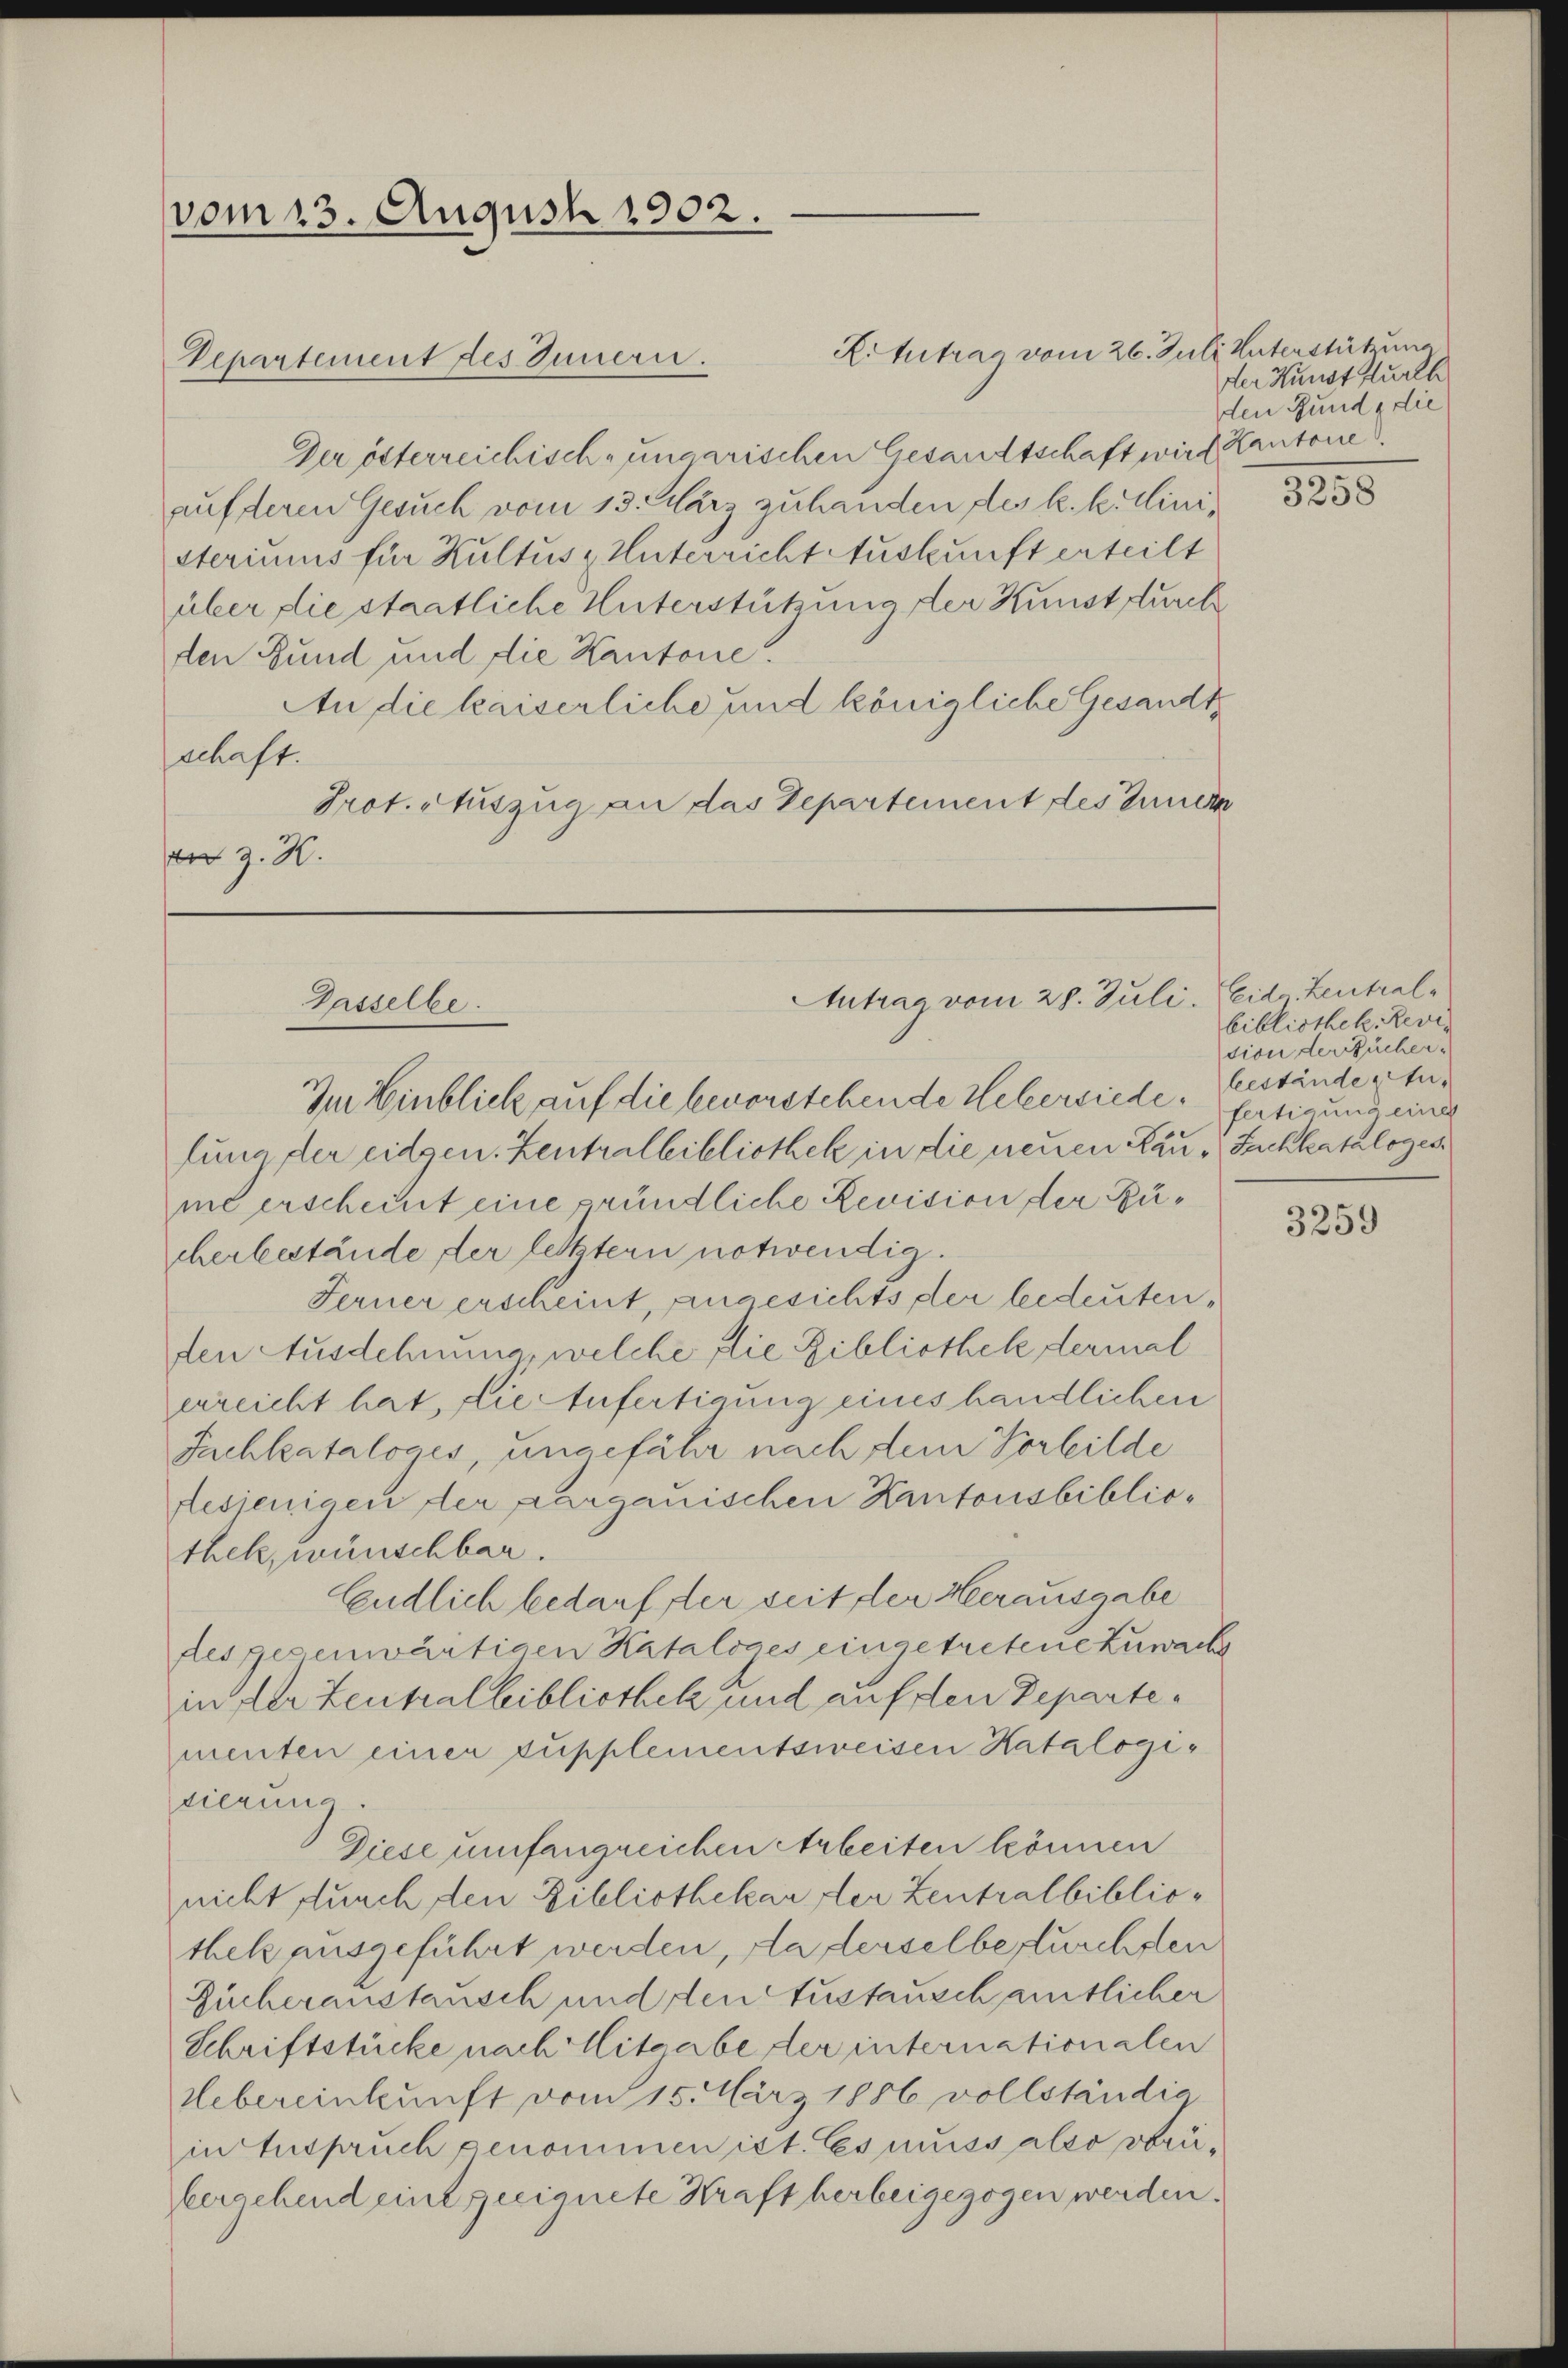
vom 13. August 1902.

Kittrag vom 26. Juli Unterstützung
Der österreichisch-ungarischen Gesandtschaft wird Kantone.
auf deren Gesuch vom 13. März zu handen des k. k. Ministeriums für Kultus, Unterricht Auskunft erteilt
über die staatliche Unterstützung der Kunst durch
den Bund und die Kantone.
An die kaiserliche und königliche Gesandte
schaft.
Prot. Auszug an das Departement des Inner
 z. K.

Vepartement des Innern.

Antrag vom 28. Juli. Evide Zentral¬
Gasselbe.

der Kunst furch
den Gunde die

Im Einblick auf die bevorstehende Uebersiede, Gestände Anlung der eidgen. Zentralbibliothek in die neuen Rau - Sachkatalogesme erscheint eine gründliche Revision der Bücherbestände der letztern notwendig.
Ferner erscheint, angesichts der bedeutenden Ausdehnung, welche flie Bibliothek dermal
erreicht hat, die Anfertigung eines händlichen
Juchkataloges, ungefähr nach dem Vorbilde
desjenigen der Aargauischen Kantonsbibliothek, wünschbar.
Endlich bedarf der seit der Herausgabe
des gegenwärtigen Kataloges eingetretene Zuwach
in der Zentralbibliothek und auf den Departementen einer supplementsweisen Katalogisierung.
Diese umfangreichen Arbeiten können
nicht durch den Bibliothekar der Zentralbibliothek ausgeführt werden, da derselbe furchsten
Zücheranstausch und den Austausch amtlicher
Schriftstücke nach Mitgabe der internationalen
Uebereinkunft vom 15. März 1856 vollständig
in Anspruch genommen ist. Es muss also voriberachend eine geeignete Kraft herbeigezogen werden.

1255

bibliothek, Revition der Bücherfertigung einer

3259